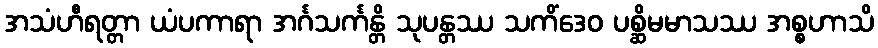
အသံဟီရတ္တာ ယံပကာရာ အင်္ဂသင်္ကန္တိ သုပန္တဿ သကိံဒေဝ ပစ္ဆိမမာသဿ အစ္စဟာသိ